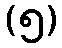
(၅)